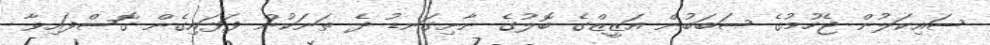
ސައިކަލުން ޖެހުމުގެ ސަބަބުން އަޒީޒްގެ ބޮލުގެ ނާށިގަނޑު ދެ ތަނަކުން ފަޅައިގެން ގޮސްފައިވާ